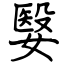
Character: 嫛